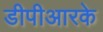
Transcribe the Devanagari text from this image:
डीपीआरके